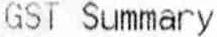
GST SUMMARY